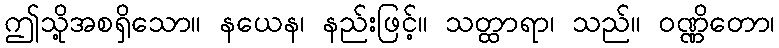
ဤသို့အစရှိသော။ နယေန၊ နည်းဖြင့်။ သတ္ထာရာ၊ သည်။ ဝဏ္ဏိတော၊